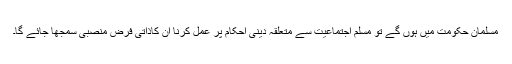
مسلمان حکومت میں ہوں گے تو مسلم اجتماعیت سے متعلقہ دینی احکام پر عمل کرنا ان کاذاتی فرض منصبی سمجھا جائے گا۔